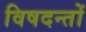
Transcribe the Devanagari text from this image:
विषदन्तों